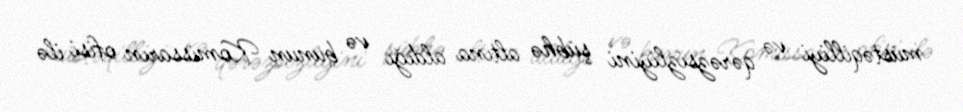
müstəqilliyi və qərəzsizliyini şübhə altına aldığı və bunun Komissarın ofisi ilə